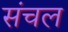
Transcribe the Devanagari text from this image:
संचल